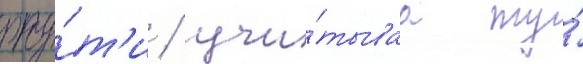
рту́т'и / учи́тываа ту́